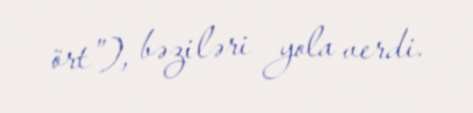
ört”), bəziləri yola verdi.